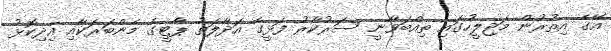
އޭގެ އިތުރުން މަޖިލީހުގައި ތިއްބަވާނީ ސަރުކާރު ފަޅީގެ އަދާލަތު ޕާޓީގެ މެންބަރަކާއި އިދިކޮޅު